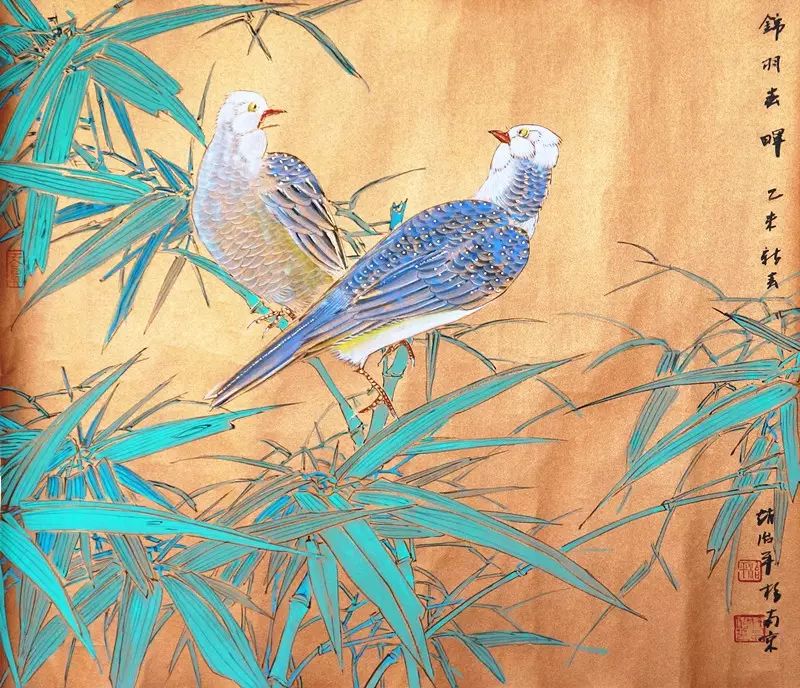
林花著雨胭脂湿，水荇牵风翠带长。